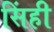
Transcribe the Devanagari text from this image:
सिंही